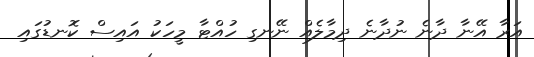
އަރާ އޭނާ ދާނެ ނުދާނެ ދިމާލެއް ނޭނގި ހުއްޓާ މީހަކު އައިސް ކޮނޑުގައި